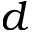
d